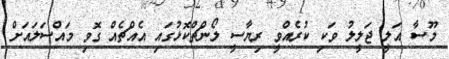
މޫސާ އަލީ ޖަލީލު ވަކި ކުރެއްވީ ރިޔާސީ ލޯންޗްކޮޅުގައި އެއްޗެއް ގޮވި މައްސަލައަށް